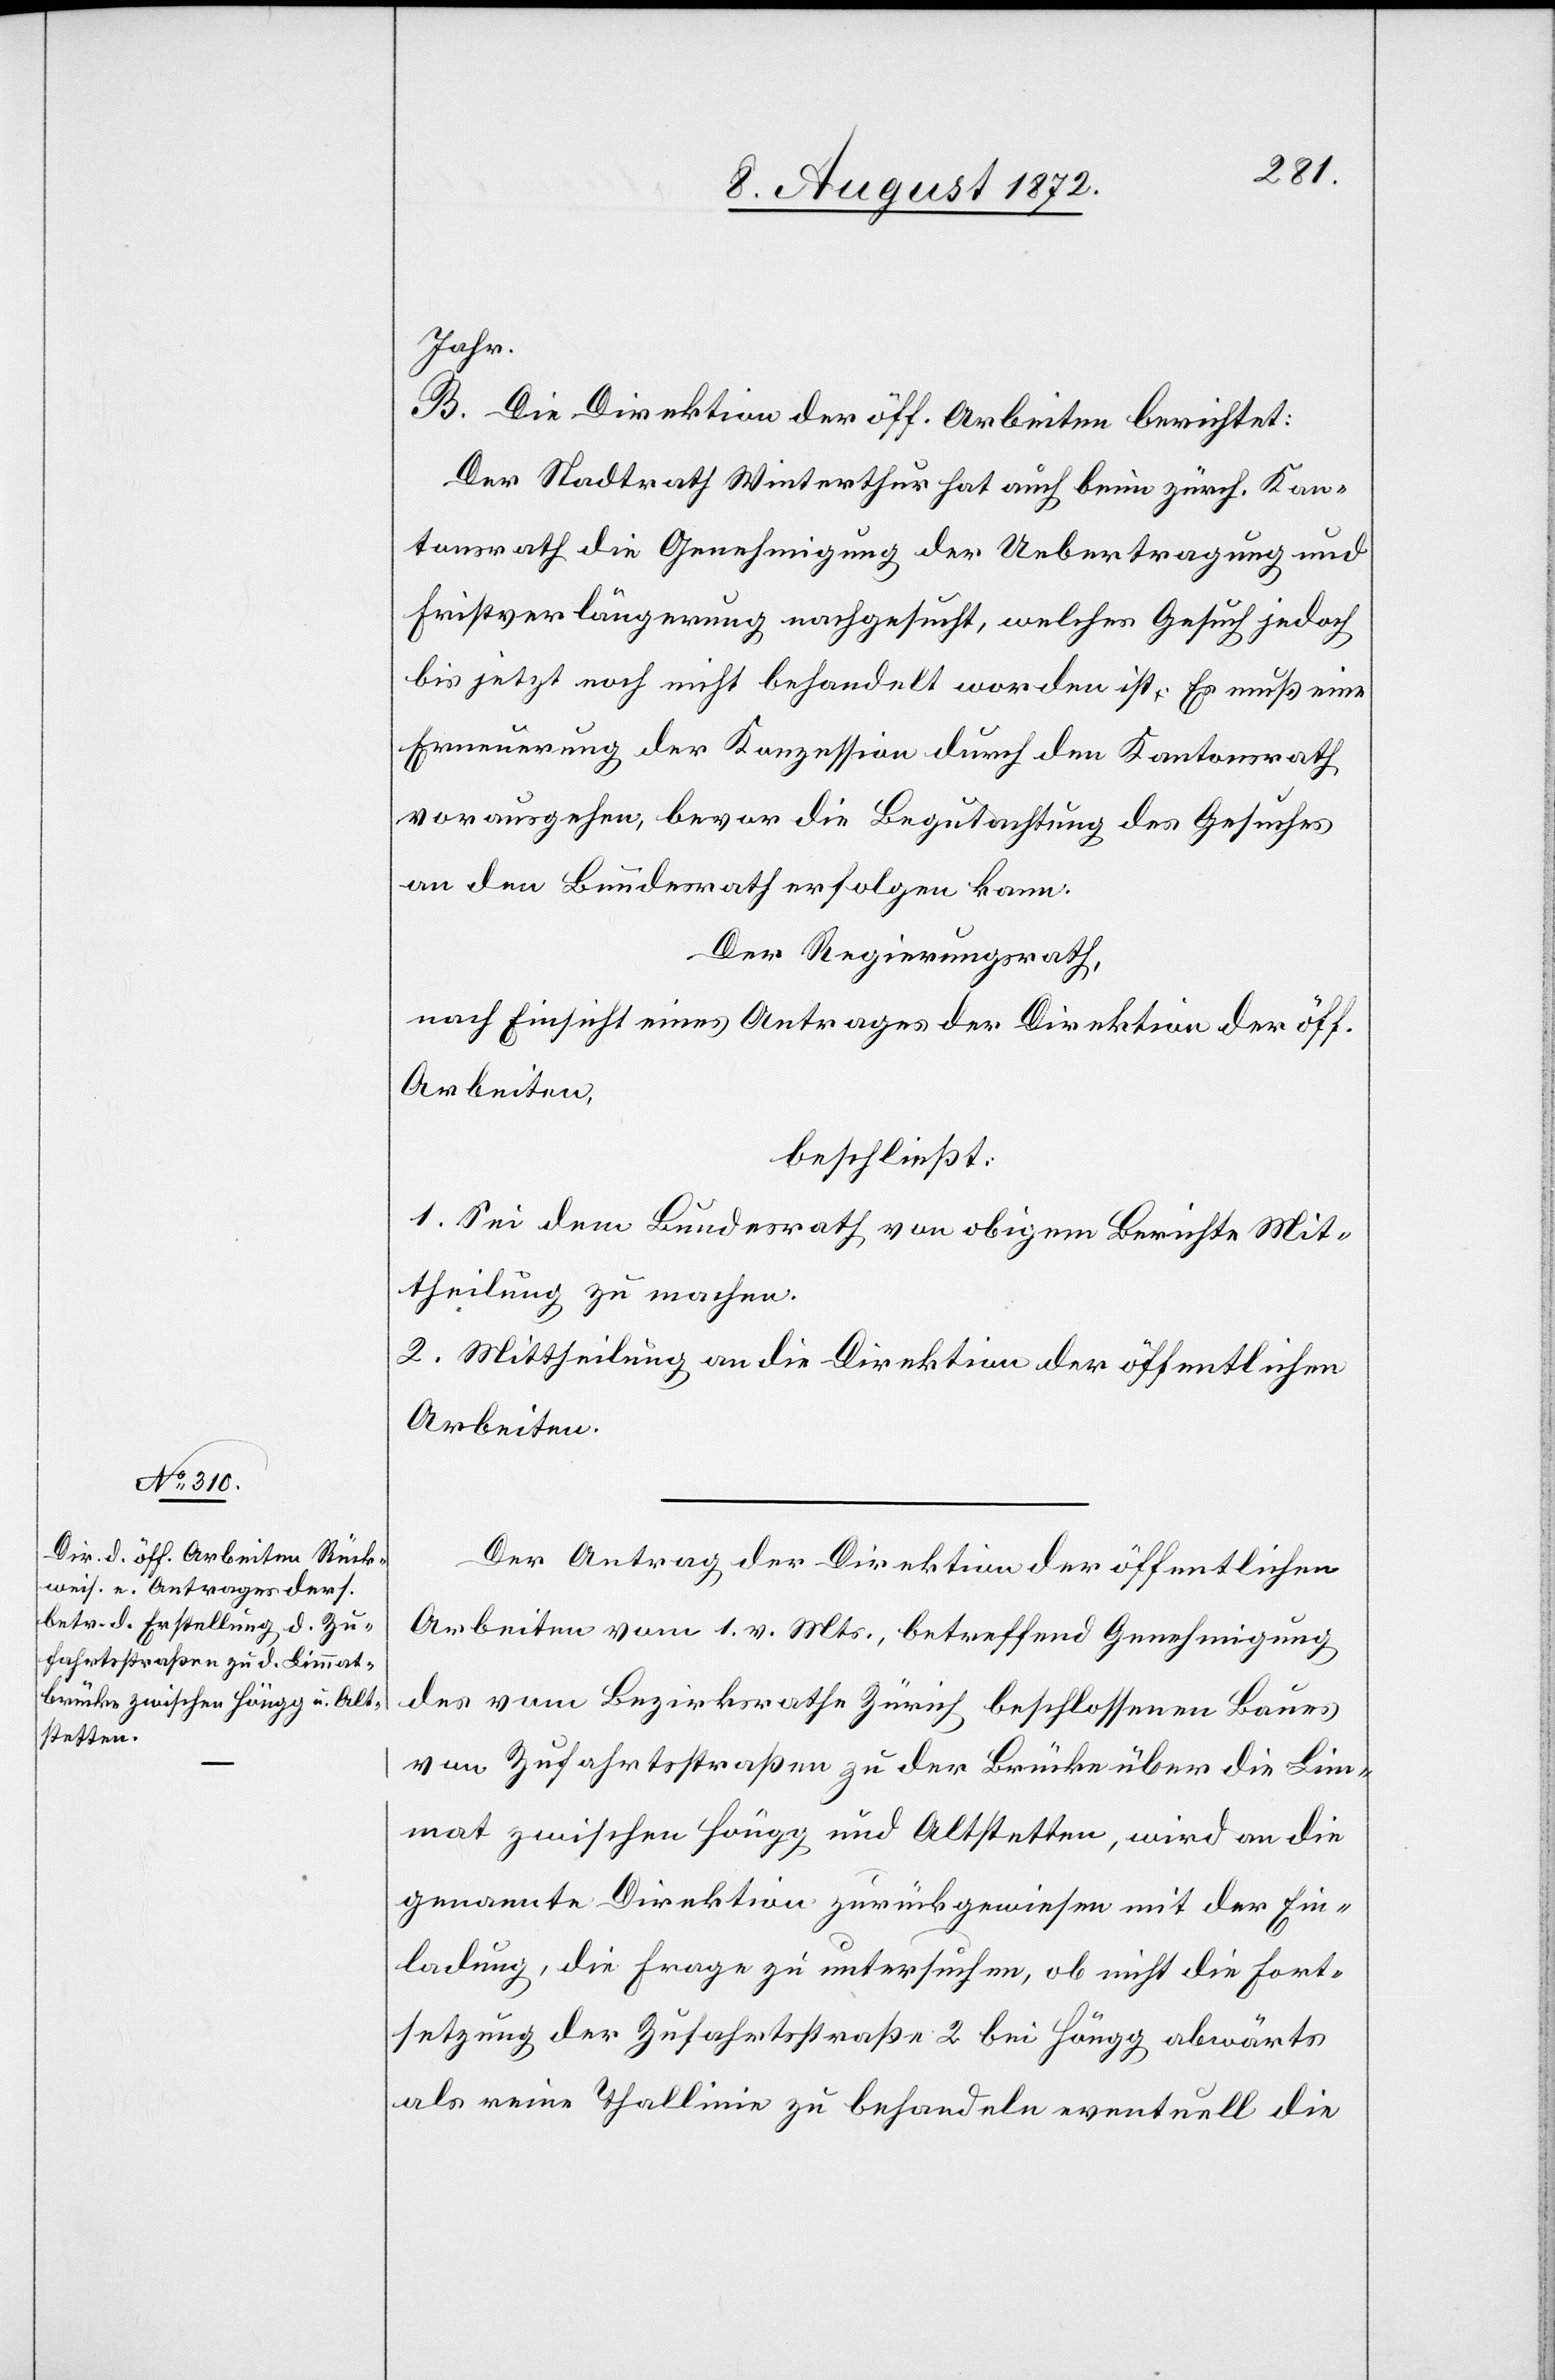
Jahr.
B. Die Direktion der öff. Arbeiten berichtet:
Der Stadtrath Winterthur hat auch beim zürch. Kan¬
tonsrath die Genehmigung der Uebertragung und
Fristverlängerung nachgesucht, welches Gesuch jedoch
bis jetzt noch nicht behandelt worden ist. Es muß eine
Erneuerung der Konzession durch den Kantonsrath
vorausgehen, bevor die Begutachtung des Gesuches
an den Bundesrath erfolgen kann.
Der Regierungsrath,
nach Einsicht eines Antrages der Direktion der öff.
Arbeiten,
beschließt:
1. Sei dem Bundesrath von obigem Berichte Mit¬
theilung zu machen.
2. Mittheilung an die Direktion der öffentlichen
Arbeiten.
Der Antrag der Direktion der öffentlichen
Arbeiten vom 1. v. Mts., betreffend Genehmigung
des vom Bezirksrathe Zürich beschlossenen Baues
von Zufahrtsstraßen zu der Brücke über die Lim¬
mat zwischen Höngg und Altstetten, wird an die
genannte Direktion zurückgewiesen mit der Ein¬
ladung, die Frage zu untersuchen, ob nicht die Fort¬
setzung der Zufahrtsstraße 2 bei Höngg abwärts
als reine Thallinie zu behandeln eventuell die